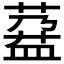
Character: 𱾌